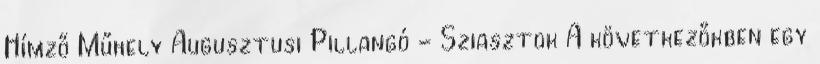
Hímző Műhely Augusztusi Pillangó - Sziasztok A következőkben egy